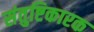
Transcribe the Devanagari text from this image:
संतुष्टिकारक